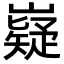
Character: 嶷